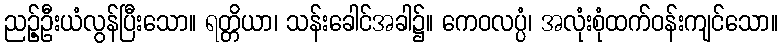
ညဉ့်ဦးယံလွန်ပြီးသော။ ရတ္တိယာ၊ သန်းခေါင်အခါ၌။ ကေဝလပ္ပံ၊ အလုံးစုံထက်ဝန်းကျင်သော။